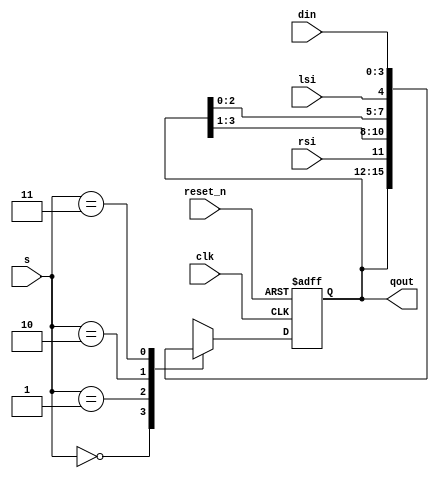
`timescale 1ns / 1ps

module universal_shift_register (
  input clk,
  input reset_n,
  input [1:0] s,
  input lsi, rsi,
  input [3:0] din,
  output reg [3:0] qout);
  
  wire [3:0] no_change, rshift, lshift, load_values;
    
  // No change
  assign no_change = qout;  //   ,  X
  // Right shift
  assign rshift = {rsi, qout[3:1]}; //rsi   rshift 
  // Left shift
  assign lshift = {qout[2:0], lsi}; //rsi   lshift 
  // Parallel load
  assign load_values = din;  // load_values wire = din

  always @(posedge clk or negedge reset_n) begin
    if (!reset_n) 
      qout <= 4'b0;
    else
      case (s)
        2'b00: qout <= no_change;     // No change
        2'b01: qout <= rshift;        // Shift right
        2'b10: qout <= lshift;        // Shift left
        2'b11: qout <= load_values;   // Parallel load
        default: qout <= 4'b0;        // Default case for safety
      endcase
  end
endmodule